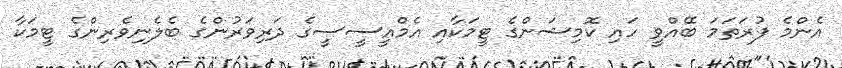
އެންމެ ފުރަތަމަ ބޭއްވީ ހައި ކޮމިޝަންގެ ޓީމަކާއި އެމްއީސީސީގެ ދަރިވަރުންގެ ބެލެނިވެރިންގެ ޓީމަކާ